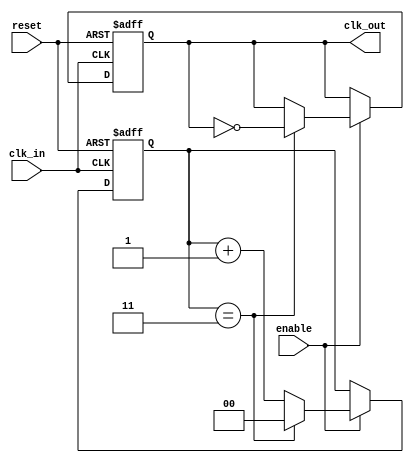
module clock_divider #(
    parameter DIV_FACTOR = 4  // Division factor, must be >= 1
)(
    input wire clk_in,         // Input clock signal
    input wire reset,          // Asynchronous reset signal
    input wire enable,         // Enable signal for clock division
    output reg clk_out         // Output clock signal
);

    // Internal counter
    reg [$clog2(DIV_FACTOR)-1:0] counter; // Counter to track input clock cycles

    // Always block triggered on the rising edge of the input clock
    always @(posedge clk_in or posedge reset) begin
        if (reset) begin
            counter <= 0;   // Reset counter
            clk_out <= 0;   // Reset output clock
        end else if (enable) begin
            if (DIV_FACTOR > 1) begin
                // Increment the counter
                counter <= counter + 1;

                // Check if counter reached DIV_FACTOR
                if (counter == DIV_FACTOR - 1) begin
                    clk_out <= ~clk_out; // Toggle output clock
                    counter <= 0;        // Reset counter
                end
            end else begin
                clk_out <= clk_in; // If DIV_FACTOR is 1, output is same as input
            end
        end
    end

endmodule